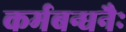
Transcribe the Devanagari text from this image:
कर्मबन्धनैः